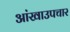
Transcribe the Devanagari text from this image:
आंखाउपचार